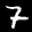
Label: 7